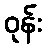
ဝုန်း